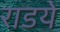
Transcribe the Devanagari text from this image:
राडये